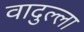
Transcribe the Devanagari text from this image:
वादुल्ला